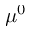
\mu ^ { 0 }